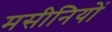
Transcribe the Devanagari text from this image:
मसीनियों